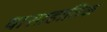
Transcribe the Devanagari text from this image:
वासाहातिक